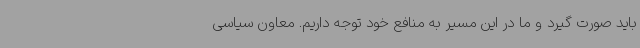
باید صورت گیرد و ما در این مسیر به منافع خود توجه داریم. معاون سیاسی